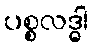
ပစ္စလဒ္ဓါ